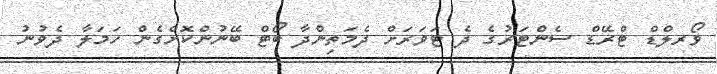
ވޯރލްޑް ޓްރޭޑް ސެންޓަރުގެ ދެ ޓަވަރަށް ދެމަތިންދާ ބޯޓް ބޭނުންކޮށްގެން ހަމަލާ ދެވުނު